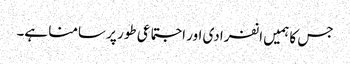
جس کا ہمیں انفرادی اور اجتماعی طور پر سامنا ہے۔